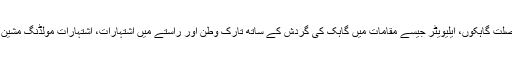
کردار کیا یاد رہنے والے یا لباس میں ملبوس محبوب جانوروں سے مواصلت گاہکوں، ایلیویٹر جیسے مقامات میں گاہک کی گردش کے ساتھ تارک وطن اور راستے میں اشتہارات، اشتہارات مولڈنگ مشین متحرک پاپ اپ سیٹ یا قدرتی ہوا اور دیگر متحرک ڈسپلے ادھار ہے ۔